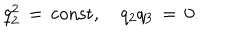
q _ { 2 } ^ { 2 } \, = \, \mathrm { c o n s t } , \quad q _ { 2 } q _ { 3 } \, = \, 0 .